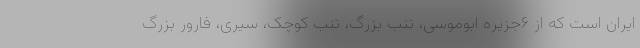
ایران است که از ۶جزیره ابوموسی، تنب بزرگ، تنب کوچک، سیری، فارور بزرگ